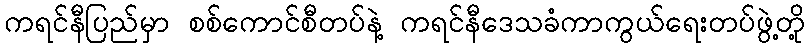
ကရင်နီပြည်မှာ စစ်ကောင်စီတပ်နဲ့ ကရင်နီဒေသခံကာကွယ်ရေးတပ်ဖွဲ့တို့